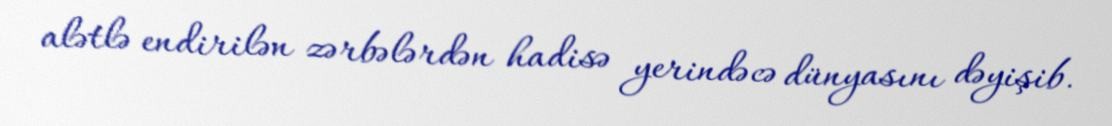
alətlə endirilən zərbələrdən hadisə yerindəcə dünyasını dəyişib.